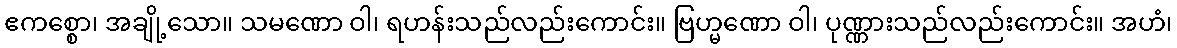
ဧကစ္စော၊ အချို့သော။ သမဏော ဝါ၊ ရဟန်းသည်လည်းကောင်း။ ဗြဟ္မဏော ဝါ၊ ပုဏ္ဏားသည်လည်းကောင်း။ အဟံ၊